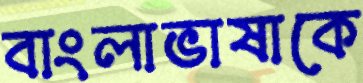
বাংলাভাষাকে